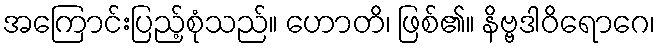
အကြောင်းပြည့်စုံသည်။ ဟောတိ၊ ဖြစ်၏။ နိဗ္ဗဒါဝိရောဂေ၊